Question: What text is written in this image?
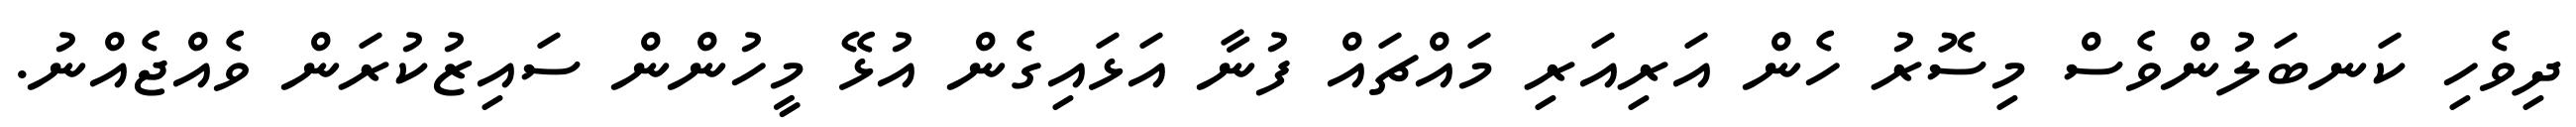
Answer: ދިވެހި ކަނބަލުންވެސް މިސޮރު ހެން އަރިއަރި މައްޗައް ފުނާ އަޅައިގެން އުޅޭ މީހުންން ސައިޒުކުރަން ވެއްޖެއްނު.